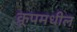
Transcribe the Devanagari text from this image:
क्रूपमधील